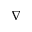
\nabla